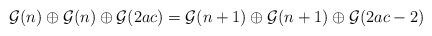
LaTeX: \begin{align*} \mathcal{G}(n) \oplus \mathcal{G}(n) \oplus \mathcal{G}(2ac) = \mathcal{G}(n+1) \oplus \mathcal{G}(n+1) \oplus \mathcal{G}(2ac-2) \end{align*}